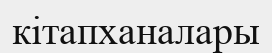
кітапханалары